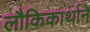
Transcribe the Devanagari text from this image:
लौकिकार्थाने